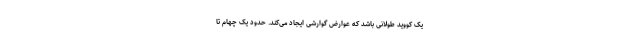
یک کووید طولانی باشد که عوارض گوارشی ایجاد می‌کند. حدود یک چهام تا